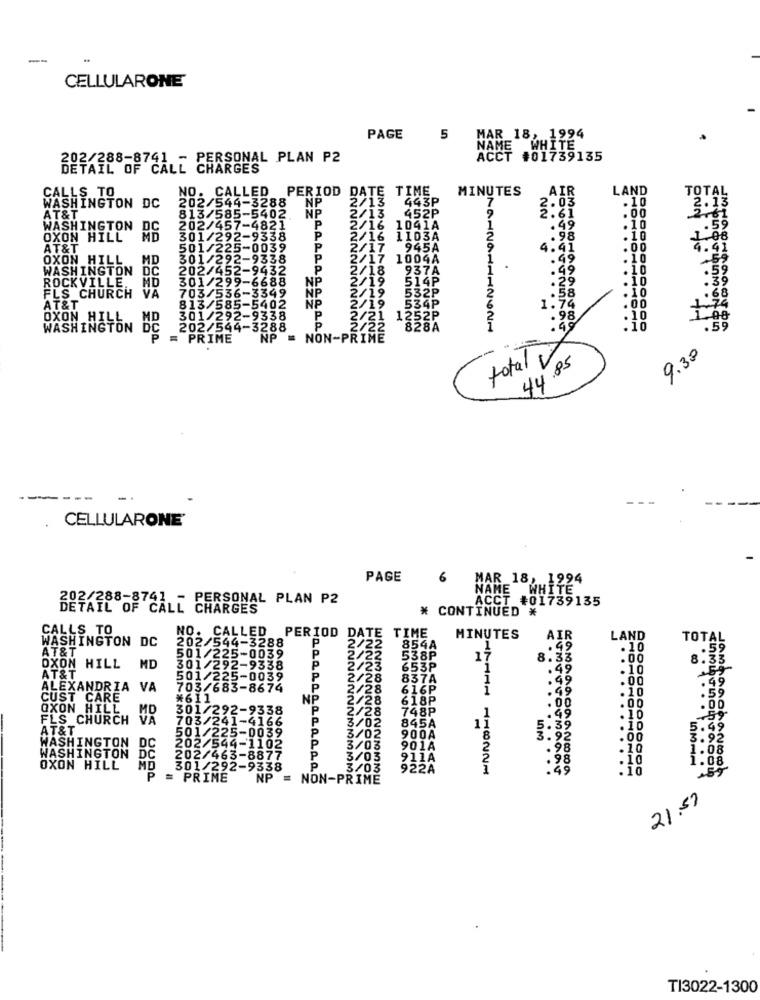
--
CELLULARONE
MAR 18, 1994
PAGE
5
NAME
WHITE
DETAIL OF FAT PERSONAL PLAN P2
ACCT #01739135
CALLS TO
NO. CALLED
PERIOD DATE TIME
TOTAL
202/544-3288
NP
2/13
443P
.10
2. 13
WASHINGTON DC
813/585-5402 NP
.00
AT&T
P
2/13
.59
WASHINGTON
P
2/16 1041A
10
OXON HILL
301/292-9338
2/16 1103A
.10
.08
AT&T
501/225-0039
P
2/17 945A
41
OXON HILL
MD
301/292-9
P
2/17 1004A
WASHINGTON DC
202/452-9432
P
2/18
.10
ROCKVILLE.
MD
301/299-6688
NP
2/19
514P
..
.10
703/536-3349
NP
2/19 532P
. 10
FLS CHURCH
VA
AT&T
813/585-5402
NP
2/19
534P
.00
OXON HILL
301/292-9338
P
2/21
.10
WASHINGTON
202/544-3288
p
2/22
828A
112621
45
= PRIME
NP = NON-PRIME
total
9.30
44.85
----
CELLULARONE'
PAGE
6
MAR 18, 1994
NAME WHITE
PERSONAL PLAN P2
ACCT #01739135
OF CALL CHARGES
* CONTINUED *
CALLS TO
NO. CALLED PERIOD DATE TIME
WASHINGTON DC
202/544-3288
P
MINUTES
AIR
LAND
TOTAL
AT&T
/22
854A
.49
.10
59
MD
501/225-0039
P
2/22
538P
17
8
8.
OXON HILL
301/292-9338
P
2/23
653P
. 49
.10
AT&T
501/225-0039
P
2/28
837A
.00
. .
ALEXANDRIA
VA
703/683-8674
2/28
616P
.49
.10
. 59
CUST CARE
*611
NP
618P
.00
.00
. 00
OXON HILL
301/292-9338
P
2/28
748P
FLS CHURCH
703/241-4166
P
845A
11
.49
.10
59
AT&T
501/225-0039
P
3/02
5.39
.10
5.48
WASHINGTON DC
3/02
900A
8
3.92
.00
3.92
202/544-1102
3/03
901A
2
.98
.10
1.08
WASHINGTON DC
DC
202/463-8877
3/03
911A
.98
.10
1.08
OXON HILL
MD
301/292-9338
P
3/03
922A
.49
.10
P
PRIME
NP =
NON-PRIME
21.59
TI3022-1300